Tezpur Lunatic Asylum reports 1877-1894 - 1877-1894
Year: 1877
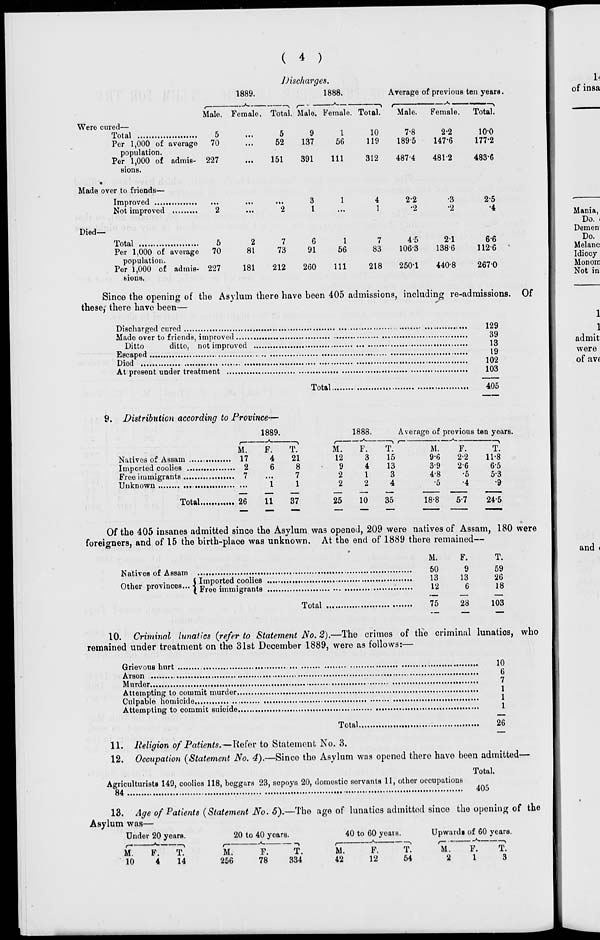
( 4 )
1889.
JJischarges.
1888.
-> r
Average of previoiiB ten years.
A.
-
.
Male. Female. Total. Male. Female. Total.
Male.
Female.
Total.
Wero cured—
Total
Per 1,000 of average
population.
Per 1,000 of admis-
sions.
5
70
227
5
52
9
137
1
56
151
391
111
10
119
7-8
1895
312
487-4
2-2
147-6
4812
100
177-2
483-6
Made over to friends—
Improved
Not improved
3
1
4
1
2-2
•2
■■>,
•2
2-5
•4
Died-
Total
5
2
7
6
1
7
4 5
2-1
66
Per 1,000 of average 70
8L
73
91
56
83
106-3
1386
1126
population.
Per 1,000 of admis- 227
181
212
260
111
218
250-1
440-8
267-0
sions.
Since the opening of the Asylum there have been 405 admissions, including re-admissions,
these, there have been—
Of
Discharged cured
Made over to friends, improved
Ditto
ditto, not improved
Escaped
Died
At present under treatment ........
Total.
129
39
13
19
102
103
405
9. Distribution according to Province-
1889.
M.
Natives of Assam
17
Imported coolieB
2
Free immigrants
7
Unknown ,
Total.
26
4
6
"i
11
—\
T.
21
8
7
1
37
1888.
Average of previous ten years.
M.
F.
T.
12
3
15
9
4
13
2
1
3
2
2
4
25
10
35
M.
9-6
3-9
4-8
•5
F.
2-2
2-6
•5
•4
18-8
5-7
T.
11-8
6-5
5-3
•9
245
Of the 405 insanes admitted since the Asylum was opened, 209 were natives of Assam, 180 were
foreigners, and of 15 the birth-place was unknown. At the end of 1889 there remained—
Natives of Assam
_.,.
.
(Imported coolies
13
Other provinces... } Fr £ immigrants
12
M.
F.
T.
50
9
59
13
13
26
12
6
18
Total
75
28
103
10. Criminal lunatics (refer to Statement No. 2).—The crimes of tho criminal lunatics, who
remained under treatment on the 31st December 1889, were as follows:—
Grievous hurt
Arson
Murder
Attempting to commit murder.
Culpable homicide
Attempting to commit suicide.
Total.
10
6
7
1
1
1
26
11. Ileligion of Patients.—Refer to Statement No. 3.
12. Occupation (Statement No. 4).—Sinco the Asylum was opened there have been admitted—
Total.
Agriculturists 149, coolies 118, beggars 23, sepoys 20, domestic servants 11, other occupations
84
405
13. Age of Patients (Statement No. 5).—Tho age of lunatics admitted sinco the opening of the
Asylum was—
Under 20 years.
20 to 40 years.
40 to 60 years.
Upwardg of 60 yearB.
M.
10
F.
T.'
4
14
M.
256
F.
78
T.
334
M.
F.
T.
42
12
54
M.
F.
1
T.
3